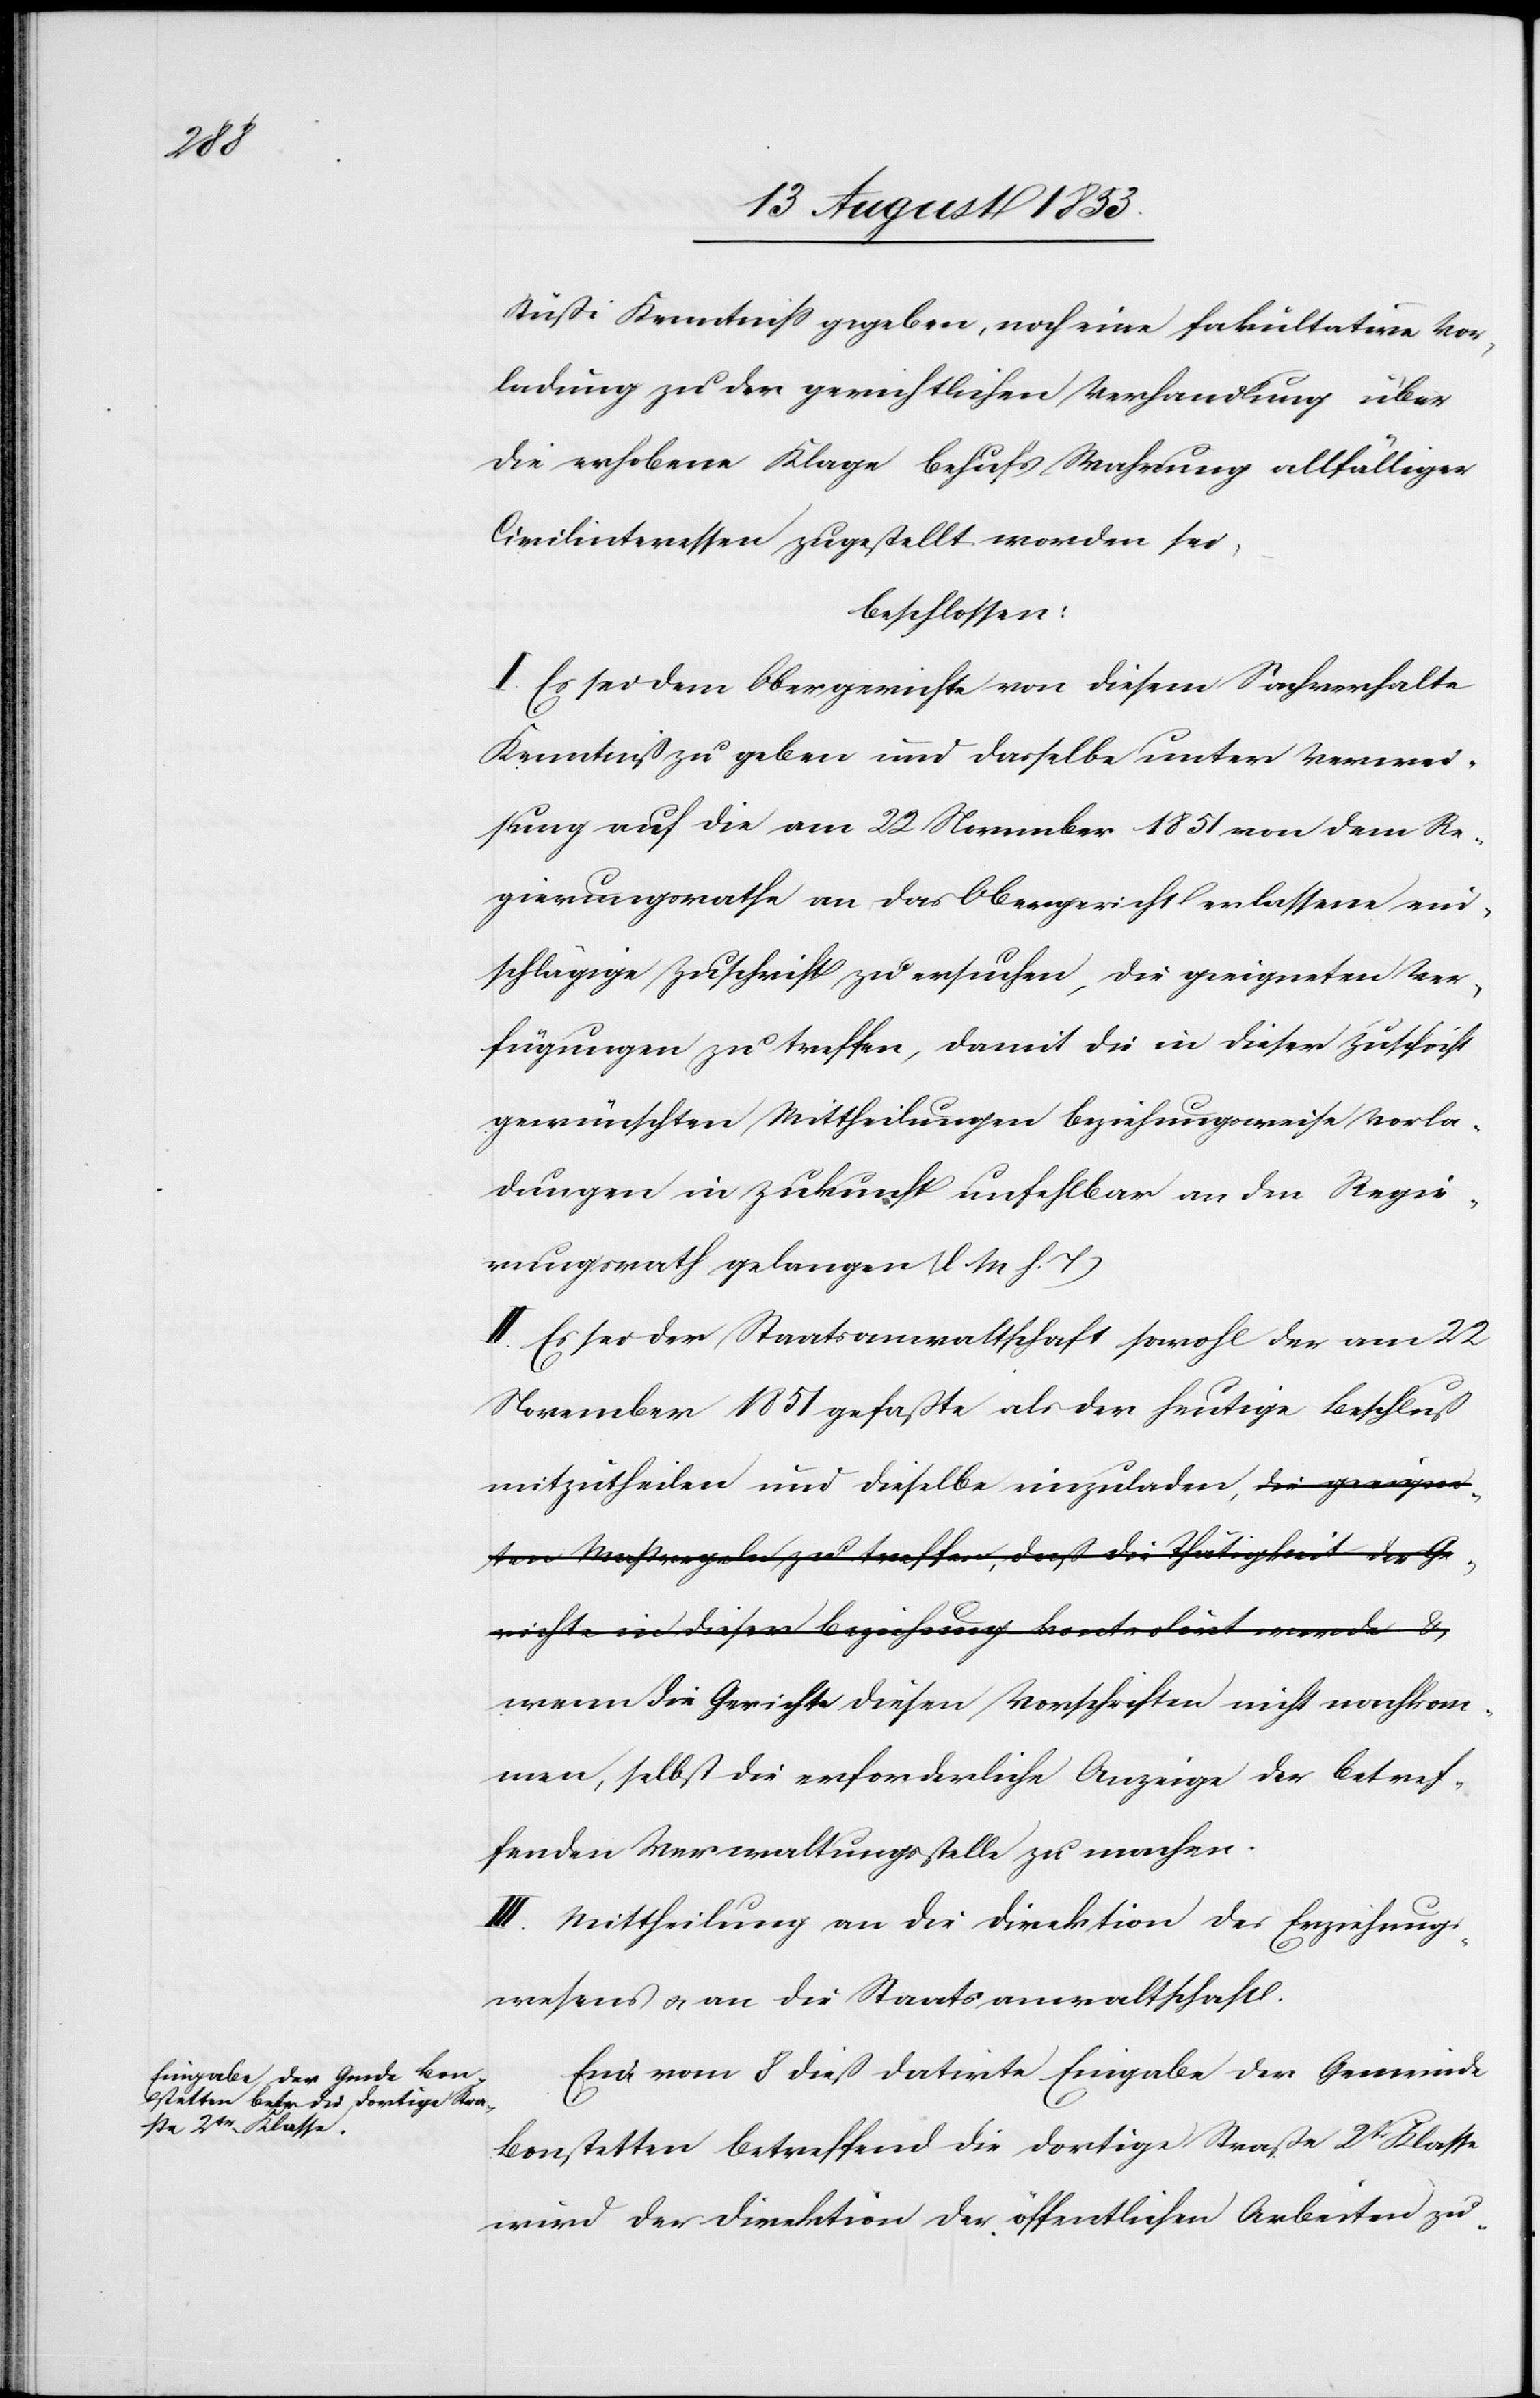
Stüßi Kenntniß gegeben, noch eine fakultative Vor¬
ladung zu der gerichtlichen Verhandlung über
die erhobene Klage behufs Wahrung allfälliger
Civilinteressen zugestellt worden sei,
beschlossen:
I. Es sei dem Obergerichte von diesem Sachverhalte
Kenntniß zu geben und dasselbe unter Verwei¬
sung auf die am 22 November 1851 von dem Re¬
gierungsrathe an das Obergericht erlassene ein¬
schlägige Zuschrift zu ersuchen, die geeigneten Ver¬
fügungen zu treffen, damit die in dieser Zuschrift
gewünschten Mittheilungen beziehungsweise Vorla¬
dungen in Zukunft unfehlbar an den Regie¬
rungsrath gelangen. [l. M. h. T]
II. Es sei der Staatsanwaltschaft sowohl der am 22
November 1851 gefaßte als der heutige Beschluß
mitzutheilen und dieselbe einzuladen, w¬
enn die Gerichte diesen Vorschriften nicht nachkom¬
men, selbst die erforderliche Anzeige der betref¬
fenden Verwaltungsstelle zu machen.
III. Mittheilung an die Direktion des Erziehungs¬
wesens u. an die Staatsanwaltschaft.
Eine vom 8 dieß datirte Eingabe der Gemeinde
Bonstetten betreffend die dortige Straße 2tr Klasse
wird der Direktion der öffentlichen Arbeiten zu-